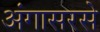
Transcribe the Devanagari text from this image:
अंगासरसे